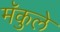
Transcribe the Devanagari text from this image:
मॅकुले